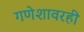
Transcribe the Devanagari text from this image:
गणेशावरही